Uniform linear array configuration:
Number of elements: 64
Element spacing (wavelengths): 0.5
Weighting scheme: binomial
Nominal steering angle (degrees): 60
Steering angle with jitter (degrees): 60.598
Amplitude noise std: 0.05
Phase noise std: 0.05

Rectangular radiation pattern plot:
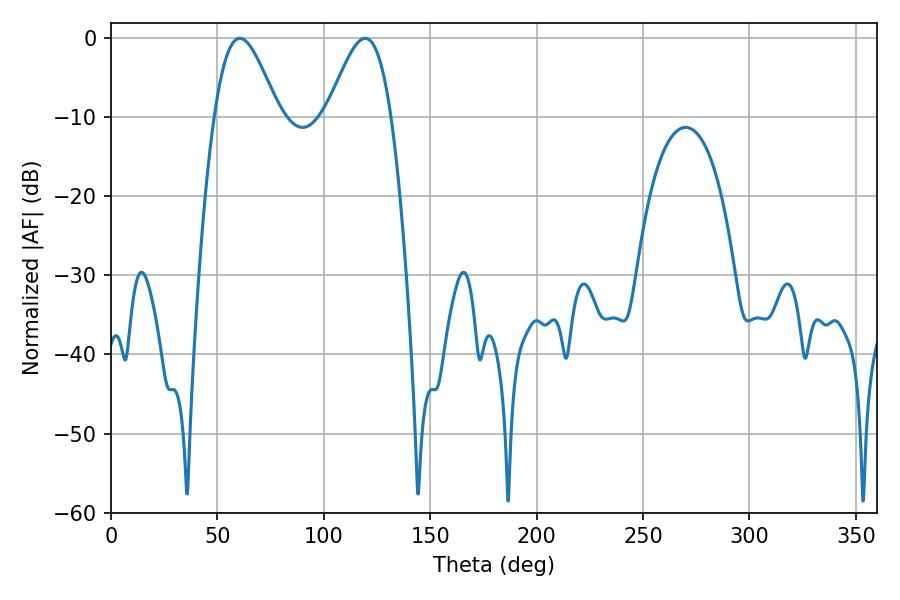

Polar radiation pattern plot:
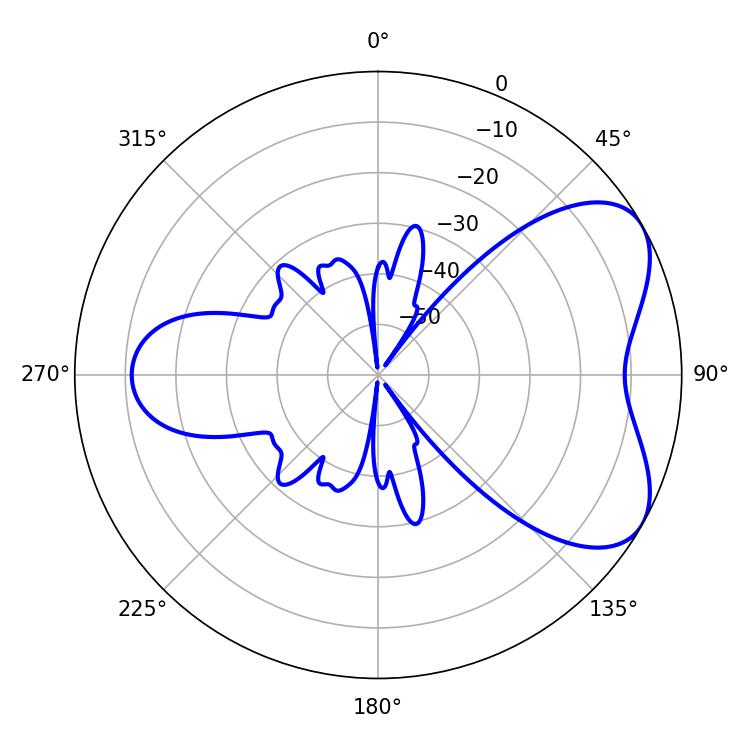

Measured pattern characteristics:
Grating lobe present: FALSE
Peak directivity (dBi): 5.699
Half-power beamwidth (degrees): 15.84
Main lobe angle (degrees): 60.48